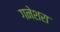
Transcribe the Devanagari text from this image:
गनेशरा